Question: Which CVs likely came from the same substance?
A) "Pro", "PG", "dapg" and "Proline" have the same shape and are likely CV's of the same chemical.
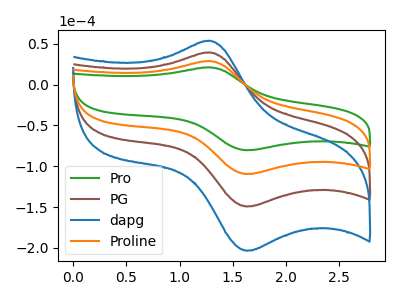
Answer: <think>The green curve "Pro" has an anodic peak at (1.30V, 21.30uA) and a cathodic peak at (1.65V, -80.30uA). The brown curve "PG" has an anodic peak at (1.30V, 58.00uA) and a cathodic peak at (1.65V, -219.00uA). The blue curve "dapg" has an anodic peak at (1.30V, 87.00uA) and a cathodic peak at (1.65V, -328.50uA). The orange curve "Proline" has an anodic peak at (1.30V, 29.00uA) and a cathodic peak at (1.65V, -109.50uA).
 All the peaks in "Pro" have a peak in "PG" at the same potential. Every peak in "Pro" is lower than every peak in "PG". All the peaks in "Pro" have a peak in "dapg" at the same potential. Every peak in "Pro" is lower than every peak in "dapg". All the peaks in "Pro" have a peak in "Proline" at the same potential. Every peak in "Pro" is lower than every peak in "Proline". All the peaks in "PG" have a peak in "dapg" at the same potential. Every peak in "PG" is lower than every peak in "dapg". All the peaks in "PG" have a peak in "Proline" at the same potential. Every peak in "PG" is higher than every peak in "Proline". All the peaks in "dapg" have a peak in "Proline" at the same potential. Every peak in "dapg" is higher than every peak in "Proline".</think>
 <answer>A) "Pro", "PG", "dapg" and "Proline" have the same shape and are likely CV's of the same chemical.</answer>
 <eval>A</eval>